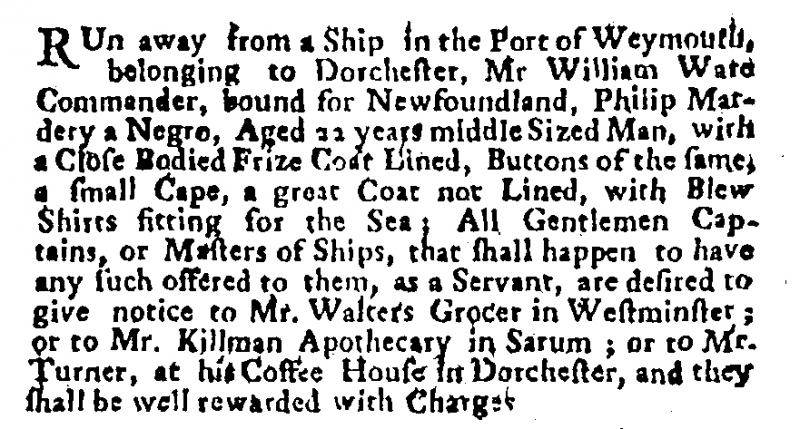
Post Boy (1695), 11 April 1700 (England)
RUn away from a Ship in the Port of Weymouth, belonging to Dorchester, Mr William Ward Commander, bound for Newfoundland, Philip Mardery a Negro, Aged 22 years middle Sized Man, with a Close Bodied Frize Coat Lined, Buttons of the same, a small Cape, a great Coat not Lined, with Blew Shirts fitting for the Sea; All Gentlemen Captains, or Masters of Ships, that shall happen to have any such offered to them, as a Servant, are desired to give notice to Mr. Walters Grocer in Westminster; or to Mr. Killman Apothecary in Sarum; or to Mr. Turner, at his Coffee House in Dorchester, and they shall be well rewarded with Charges